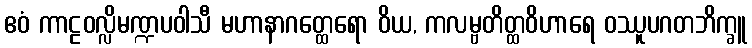
ဧဝံ ကာဠဝလ္လိမဏ္ဍပဝါသီ မဟာနာဂတ္ထေရော ဝိယ, ကလမ္ဗတိတ္ထဝိဟာရေ ဝဿူပဂတဘိက္ခူ